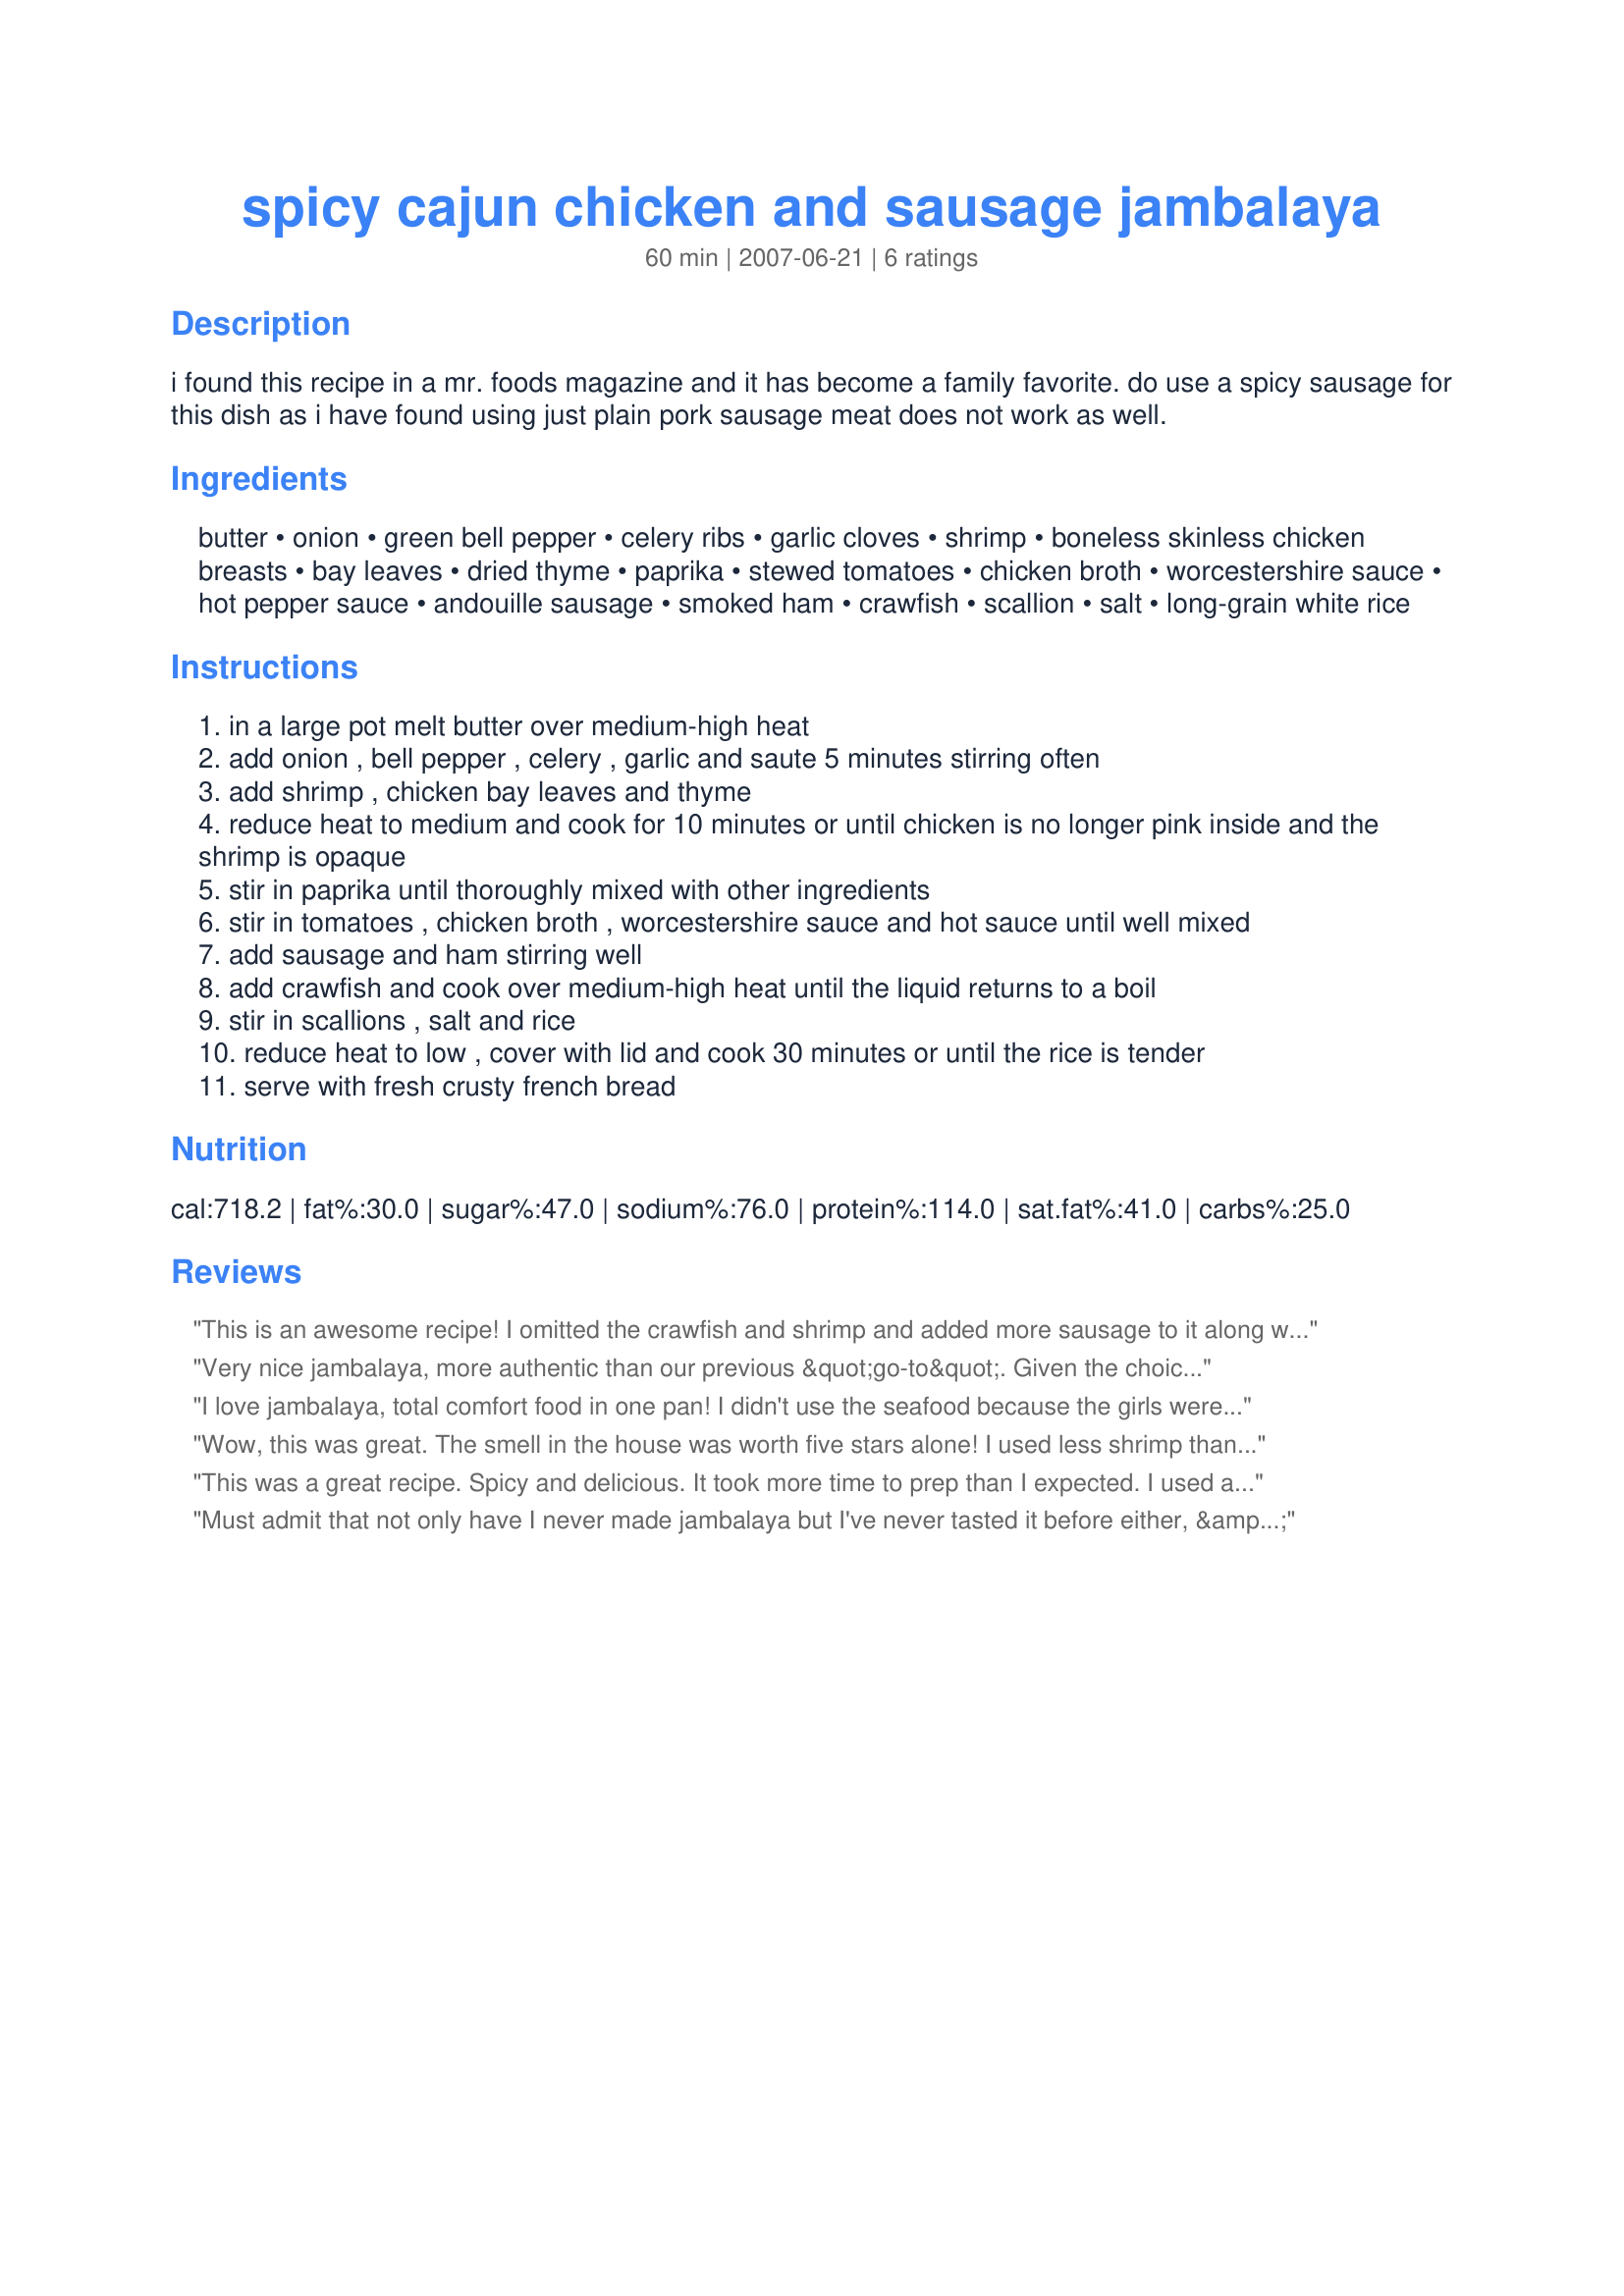
spicy cajun chicken and sausage jambalaya
Preparation time: 60 minutes

i found this recipe in a mr. foods magazine and it has become a family favorite.
do use a spicy sausage for this dish as i have found using just plain pork sausage meat does not work as well.

Ingredients:
butter, onion, green bell pepper, celery ribs, garlic cloves, shrimp, boneless skinless chicken breasts, bay leaves, dried thyme, paprika, stewed tomatoes, chicken broth, worcestershire sauce, hot pepper sauce, andouille sausage, smoked ham, crawfish, scallion, salt, long-grain white rice

Steps:
in a large pot melt butter over medium-high heat
add onion , bell pepper , celery , garlic and saute 5 minutes stirring often
add shrimp , chicken bay leaves and thyme
reduce heat to medium and cook for 10 minutes or until chicken is no longer pink inside and the shrimp is opaque
stir in paprika until thoroughly mixed with other ingredients
stir in tomatoes , chicken broth , worcestershire sauce and hot sauce until well mixed
add sausage and ham stirring well
add crawfish and cook over medium-high heat until the liquid returns to a boil
stir in scallions , salt and rice
reduce heat to low , cover with lid and cook 30 minutes or until the rice is tender
serve with fresh crusty french bread

Reviews:
This is an awesome recipe! I omitted the crawfish and shrimp and added more sausage to it along with some red pepper flakes and it was delicious! I also saved some of the chopped scallions to garnish on top. It was perfect and gave it just enough added crunch. My family enjoyed it better than the normal Zatarans Jambalaya that I usually cook and it makes a lot of food! Leftovers were highly welcomed the next day!
Very nice jambalaya, more authentic than our previous &quot;go-to&quot;. Given the choice of 1-3 teaspoons hot pepper sauce, I used 1 tsp. Tabasco sauce, and that yielded 1-alarm spice level, much to DH&#039;s liking. This recipe used my 6 1/2 quart Le Creuset pot to advantage. I saved 2 full 2-serving dinners and 1 single serving dinner (which I had counted on!). DH requested that I cut the Andouille (Aidell&#039;s pork Cajun Style Andouille) into coins in the future so he could find them and evaluate their contribution better. We love jambalaya, so I bought Spanish Jamon Serrano for its superior taste for the smoked ham; it was easily distinguishable in its 1/2&quot; cubes. In our house this recipe was considered an act of love. We will definitely make this again! Made for I Recommend tag game based on Karen Elizabeth&#039;s review.
I love jambalaya, total comfort food in one pan! I didn't use the seafood because the girls were eating, and I added the hot pepper sauce separately to our plates (DH and I), but otherwise an excellent jambalaya. I made the full amount, which guaranteed me a good lunch today and I know DH is also enjoying it at home!

You just cant go wrong with jambalaya, one of the few 'exotic' dishes my mother (an unenthusiastic cook) ever mastered, possibly why I enjoy it so!

Made for Family Picks, ZWT5, Jammin' Java Jivers
Wow, this was great. The smell in the house was worth five stars alone! I used less shrimp than called for and more chicken just out of personal preference and some oregano and cayenne pepper too. I halved the recipe and still came out with way more than we could eat. This is a keeper, thanks for posting!
This was a great recipe. Spicy and delicious. It took more time to prep than I expected. I used a hot and spicy sausage that wasn't cooked yet. I also added lime to the recipe which made it even better. I added some Cajun seasoning and cayenne to the chicken to flavor if more. Yummy!!
Must admit that not only have I never made jambalaya but I've never tasted it before either, & the misfortune is totally my own ~ Loved the taste of this dish, & thoroughly enjoyed its preparation, too! This was one of those recipe that I followed right on down & then ended up sharing with two sets of neighbors who were wondering what all the activity was all about! EVERYONE ABSOLUTELY LOVED IT! The one thing I held back on (using only the minimum indicated) was the hot pepper sauce, but that's just my heat-intolerance showing! Thank you for sharing a great recipe! [Tagged, made & reviewed while enjoying the Cajun atmosphere in New Orleans during ZWT5]
